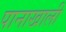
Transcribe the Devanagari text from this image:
पानाखाली